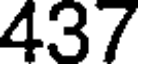
437